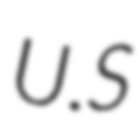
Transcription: U.S